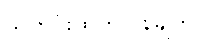
သတင်းထုတ်ပြန်ချက်